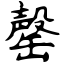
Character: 罄